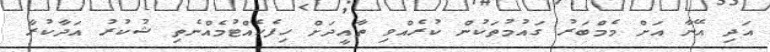
އަދި އޭނާ އަށް މެމްބަރު ގައުމުތަކުން ކުރެއްވި ތާއީދަށް ހިފެހެއްޓުމެއްނެތި ޝުކުރު އަދާކުރާ